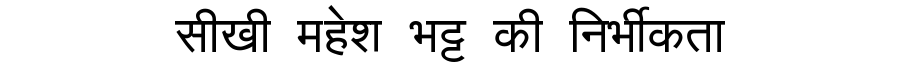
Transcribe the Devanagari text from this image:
सीखी महेश भट्ट की निर्भीकता